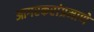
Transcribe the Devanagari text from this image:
आगरकरांप्रमाणे